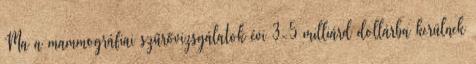
Ma a mammográfiai szűrővizsgálatok évi 3-5 milliárd dollárba kerülnek